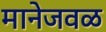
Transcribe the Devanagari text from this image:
मानेजवळ